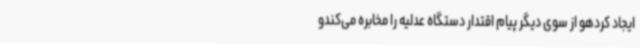
ایجاد کردهو از سوی دیگر پیام اقتدار دستگاه عدلیه را مخابره می‌کندو